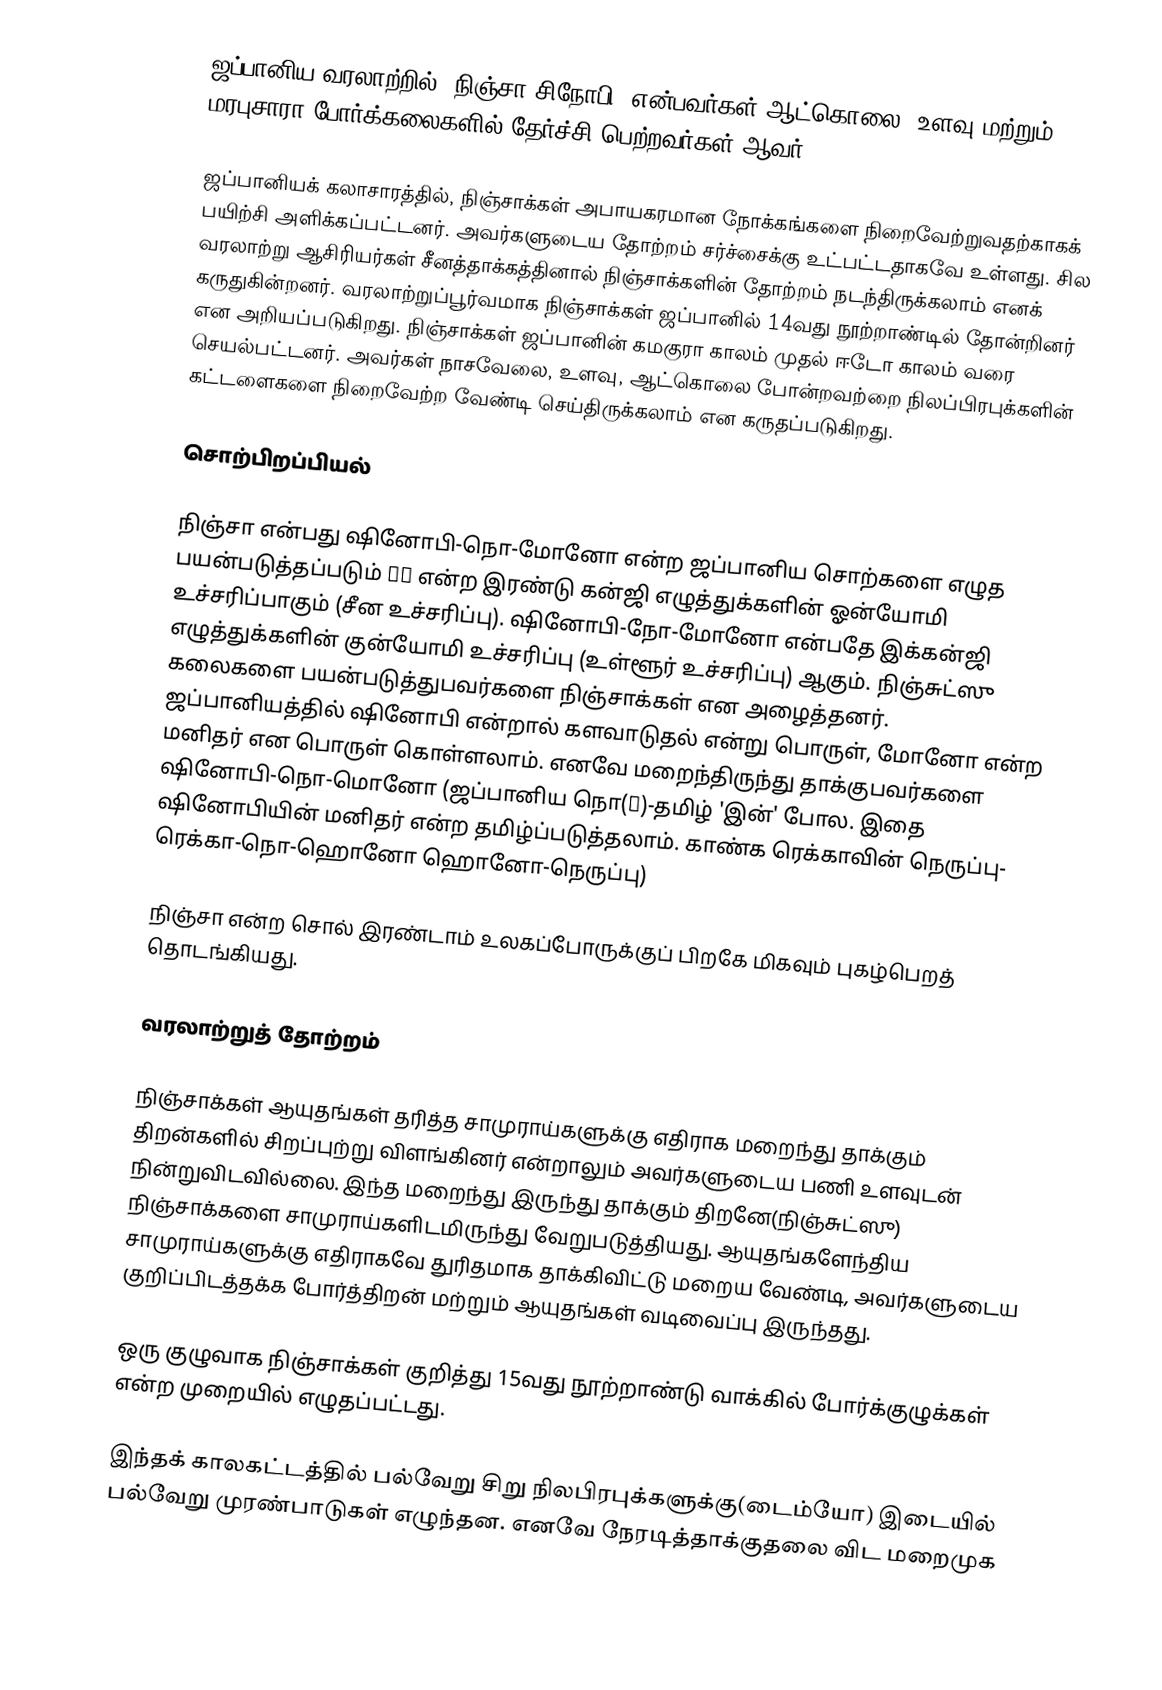
ஜப்பானிய வரலாற்றில், நிஞ்சா(சிநோபி) என்பவர்கள் ஆட்கொலை, உளவு மற்றும் மரபுசாரா போர்க்கலைகளில் தேர்ச்சி பெற்றவர்கள் ஆவர்.

ஜப்பானியக் கலாசாரத்தில், நிஞ்சாக்கள் அபாயகரமான நோக்கங்களை நிறைவேற்றுவதற்காகக் பயிற்சி அளிக்கப்பட்டனர். அவர்களுடைய தோற்றம் சர்ச்சைக்கு உட்பட்டதாகவே உள்ளது. சில வரலாற்று ஆசிரியர்கள் சீனத்தாக்கத்தினால் நிஞ்சாக்களின் தோற்றம் நடந்திருக்கலாம் எனக் கருதுகின்றனர். வரலாற்றுப்பூர்வமாக நிஞ்சாக்கள் ஜப்பானில் 14வது நூற்றாண்டில் தோன்றினர் என அறியப்படுகிறது. நிஞ்சாக்கள் ஜப்பானின் கமகுரா காலம் முதல் ஈடோ காலம் வரை செயல்பட்டனர். அவர்கள் நாசவேலை, உளவு, ஆட்கொலை போன்றவற்றை நிலப்பிரபுக்களின் கட்டளைகளை நிறைவேற்ற வேண்டி செய்திருக்கலாம் என கருதப்படுகிறது.

சொற்பிறப்பியல்

நிஞ்சா என்பது ஷினோபி-நொ-மோனோ என்ற ஜப்பானிய சொற்களை எழுத பயன்படுத்தப்படும்  忍者 என்ற இரண்டு கன்ஜி எழுத்துக்களின் ஓன்யோமி உச்சரிப்பாகும் (சீன உச்சரிப்பு). ஷினோபி-நோ-மோனோ என்பதே இக்கன்ஜி எழுத்துக்களின் குன்யோமி உச்சரிப்பு (உள்ளூர் உச்சரிப்பு) ஆகும். நிஞ்சுட்ஸு கலைகளை பயன்படுத்துபவர்களை நிஞ்சாக்கள் என அழைத்தனர். ஜப்பானியத்தில் ஷினோபி என்றால் களவாடுதல் என்று பொருள், மோனோ என்ற மனிதர் என பொருள் கொள்ளலாம். எனவே மறைந்திருந்து தாக்குபவர்களை ஷினோபி-நொ-மொனோ (ஜப்பானிய நொ(の)-தமிழ் 'இன்' போல. இதை ஷினோபியின் மனிதர் என்ற தமிழ்ப்படுத்தலாம். காண்க ரெக்காவின் நெருப்பு- ரெக்கா-நொ-ஹொனோ ஹொனோ-நெருப்பு)

நிஞ்சா என்ற சொல் இரண்டாம் உலகப்போருக்குப் பிறகே மிகவும் புகழ்பெறத் தொடங்கியது.

வரலாற்றுத் தோற்றம்

நிஞ்சாக்கள் ஆயுதங்கள் தரித்த சாமுராய்களுக்கு எதிராக மறைந்து தாக்கும் திறன்களில் சிறப்புற்று விளங்கினர் என்றாலும் அவர்களுடைய பணி உளவுடன் நின்றுவிடவில்லை. இந்த மறைந்து இருந்து தாக்கும் திறனே(நிஞ்சுட்ஸு) நிஞ்சாக்களை சாமுராய்களிடமிருந்து வேறுபடுத்தியது. ஆயுதங்களேந்திய சாமுராய்களுக்கு எதிராகவே துரிதமாக தாக்கிவிட்டு மறைய வேண்டி, அவர்களுடைய குறிப்பிடத்தக்க போர்த்திறன் மற்றும் ஆயுதங்கள் வடிவைப்பு இருந்தது.

ஒரு குழுவாக நிஞ்சாக்கள் குறித்து 15வது நூற்றாண்டு வாக்கில் போர்க்குழுக்கள் என்ற முறையில் எழுதப்பட்டது.

இந்தக் காலகட்டத்தில் பல்வேறு சிறு நிலபிரபுக்களுக்கு(டைம்யோ) இடையில் பல்வேறு முரண்பாடுகள் எழுந்தன. எனவே நேரடித்தாக்குதலை விட மறைமுக